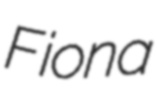
Fiona